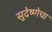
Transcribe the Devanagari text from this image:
सुदेष्णेचा